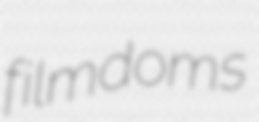
filmdoms